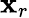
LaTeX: \mathbf{x}_{r}